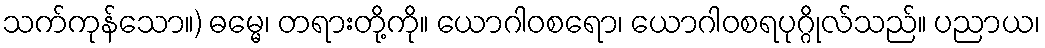
သက်ကုန်သော။) ဓမ္မေ၊ တရားတို့ကို။ ယောဂါဝစရော၊ ယောဂါဝစရပုဂ္ဂိုလ်သည်။ ပညာယ၊